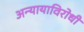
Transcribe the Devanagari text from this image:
अन्यायाविरोधी